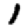
Digit: 1